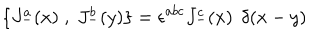
\{ J _ { - } ^ { a } ( x ) \; , \; J _ { - } ^ { b } ( y ) \} = \epsilon ^ { a b c } J _ { - } ^ { c } ( x ) \, \; \delta ( x - y )